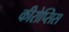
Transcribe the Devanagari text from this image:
कीरोप्सिस